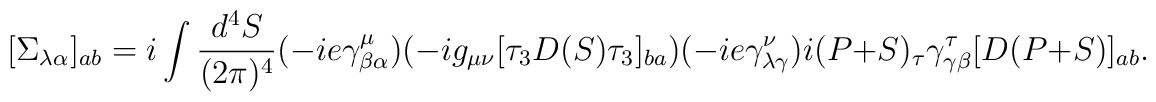
[\Sigma_{\lambda\alpha}]_{ab} = i\int \frac{d^4 S}{(2\pi)^4} (-ie\gamma^\mu_{\beta\alpha})(-i g_{\mu\nu} [\tau_3 D(S)\tau_3]_{ba})(-ie \gamma^\nu_{\lambda \gamma}) i (P+S)_\tau \gamma^\tau _{\gamma\beta}[D(P+S)]_{ab}.